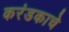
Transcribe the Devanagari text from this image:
करंडकाचे